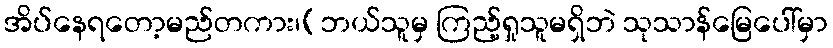
အိပ်နေရတော့မည်တကား၊(ဘယ်သူမှ ကြည့်ရှုသူမရှိဘဲ သုသာန်မြေပေါ်မှာ